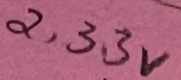
Text: 2,33V